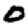
Digit: 0